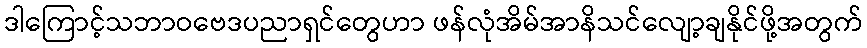
ဒါကြောင့်သဘာဝဗေဒပညာရှင်တွေဟာ ဖန်လုံအိမ်အာနိသင်လျော့ချနိုင်ဖို့အတွက်